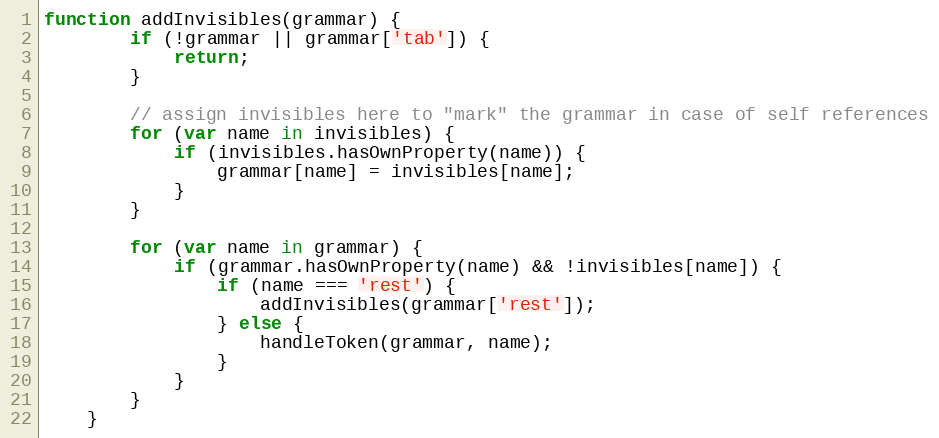
Language: JavaScript
function addInvisibles(grammar) {
		if (!grammar || grammar['tab']) {
			return;
		}

		// assign invisibles here to "mark" the grammar in case of self references
		for (var name in invisibles) {
			if (invisibles.hasOwnProperty(name)) {
				grammar[name] = invisibles[name];
			}
		}

		for (var name in grammar) {
			if (grammar.hasOwnProperty(name) && !invisibles[name]) {
				if (name === 'rest') {
					addInvisibles(grammar['rest']);
				} else {
					handleToken(grammar, name);
				}
			}
		}
	}